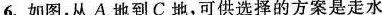
6.如图，从A地到C地，可供选择的方案是走水